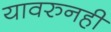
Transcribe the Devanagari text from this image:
यावरुनही